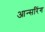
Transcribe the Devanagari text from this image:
आन्सरिंग